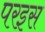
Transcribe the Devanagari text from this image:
परइस